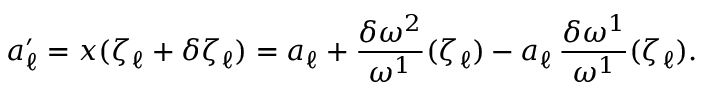
a _ { \ell } ^ { \prime } = x ( \zeta _ { \ell } + \delta \zeta _ { \ell } ) = a _ { \ell } + \frac { \delta \omega ^ { 2 } } { \omega ^ { 1 } } ( \zeta _ { \ell } ) - a _ { \ell } \, \frac { \delta \omega ^ { 1 } } { \omega ^ { 1 } } ( \zeta _ { \ell } ) .